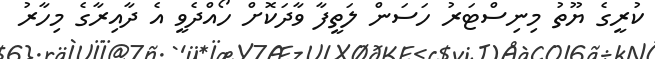
ކުރީގެ ޔޫތު މިނިސްޓަރު ހަސަން ލަތީފާ ވާދަކޮށް ހޯއްދެވީ އެ ދާއިރާގެ މިހާރު